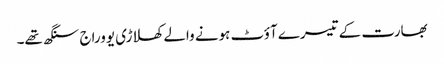
بھارت کے تیسرے آؤٹ ہونے والے کھلاڑی یووراج سنگھ تھے۔